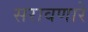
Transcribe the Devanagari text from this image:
सरावणारे